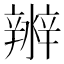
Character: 𤀲